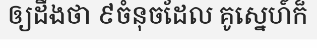
ឲ្យដឹងថា ៩ចំនុចដែល គូស្នេហ៍ក៏